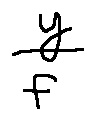
\frac { y } { f }